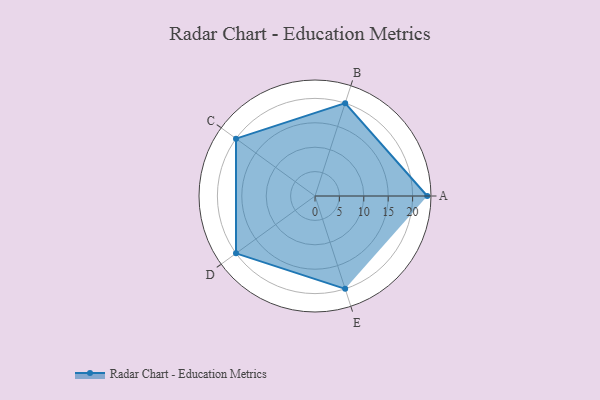
{"axis": {"x": "Skill", "y": "Score"}, "legend": ["Profile"], "data": [{"x": "A", "y": 23.0, "type": "Profile"}, {"x": "B", "y": 20, "type": "Profile"}, {"x": "C", "y": 20, "type": "Profile"}, {"x": "D", "y": 20, "type": "Profile"}, {"x": "E", "y": 20, "type": "Profile"}]}